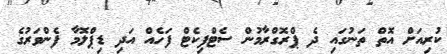
ކުރިއަށް އޮތް ތަނުގައި ދެ ޕްރޮގްރާމުން ސެޓްފިކެޓް ފަހެއް އަދި ޑިޕްލޮމާ ފެންވަރުގެ